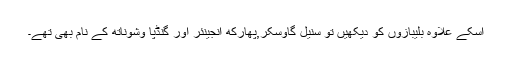
اسکے علاوہ بلیبازوں کو دیکھیں تو سنیل گاوسکر,پھارکھ انجینئر اور گنڈپا وشوناتھ کے نام بھی تھے۔